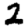
Digit: 2